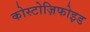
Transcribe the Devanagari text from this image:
कोस्टोज़िफोइड